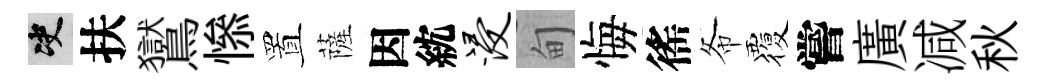
决扶鸑𢡖置薩因紞浸甸悔徭𢁙覆嘗廣减秋